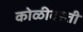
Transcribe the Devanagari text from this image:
कोळीवस्ती